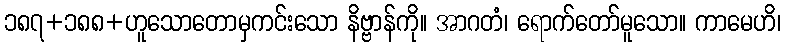
၁၈၇+၁၈၈+ဟူသောတောမှကင်းသော နိဗ္ဗာန်ကို။ အာဂတံ၊ ရောက်တော်မူသော။ ကာမေဟိ၊